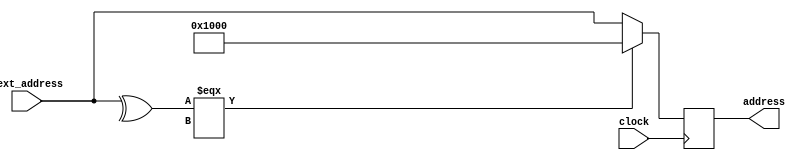
module PC (input clock, input [31:0] next_address, output reg [31:0] address);

always @(posedge clock) begin
    address <= (^next_address === 1'bx) ? 32'h1000: next_address;
end

endmodule